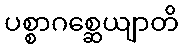
ပစ္စာဂစ္ဆေယျာတိ